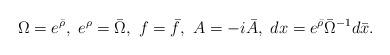
LaTeX: \begin{align*}\Omega = e^{\bar{\rho}} , \ e^{\rho} = \bar{\Omega}, \ f =\bar{f} ,\ A = -i \bar{A}, \ d x = e^{\bar{\rho}} \bar{\Omega}^{-1} d \bar{x} .\end{align*}